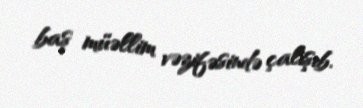
baş müəllim vəzifəsində çalışıb.